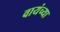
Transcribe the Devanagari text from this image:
वायंच्या